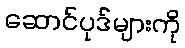
ဆောင်ပုဒ်များကို